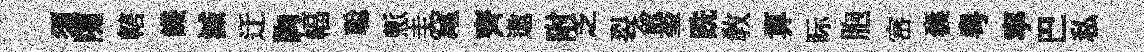
须随轄饑滅迂胸幅聪慙圭𥧄齊遨附乏裂兪奎跣敎算眎胞宻囊粤寧巴私